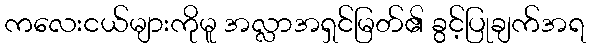
ကလေးငယ်များကိုမူ အလ္လာအရှင်မြတ်၏ ခွင့်ပြုချက်အရ